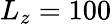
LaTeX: L_{z}=100